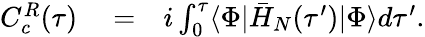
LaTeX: \begin{array}{rlr}{C_{c}^{R}(\tau)}&{{}=}&{i\int_{0}^{\tau}\langle\Phi|\bar{H}_{N}(\tau^{\prime})|\Phi\rangle d\tau^{\prime}.}\end{array}